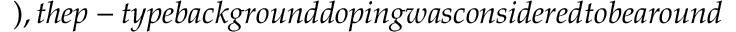
) , t h e p - t y p e b a c k g r o u n d d o p i n g w a s c o n s i d e r e d t o b e a r o u n d